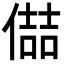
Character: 𪝦